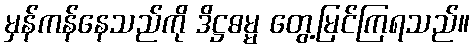
မှန်ကန်နေသည်ကို ဒိဋ္ဌဓမ္မ တွေ့မြင်ကြရသည်။